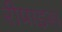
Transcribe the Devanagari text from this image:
रीप्राइस